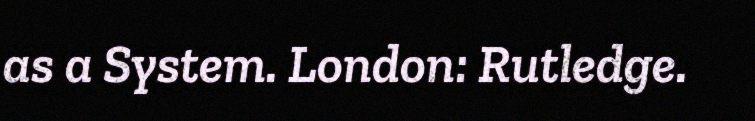
as a System. London: Rutledge.